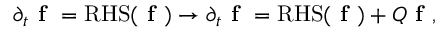
\partial _ { t } \textbf { f } = \mathrm { R H S } ( \textbf { f } ) \rightarrow \partial _ { t } \textbf { f } = \mathrm { R H S } ( \textbf { f } ) + Q \textbf { f } ,